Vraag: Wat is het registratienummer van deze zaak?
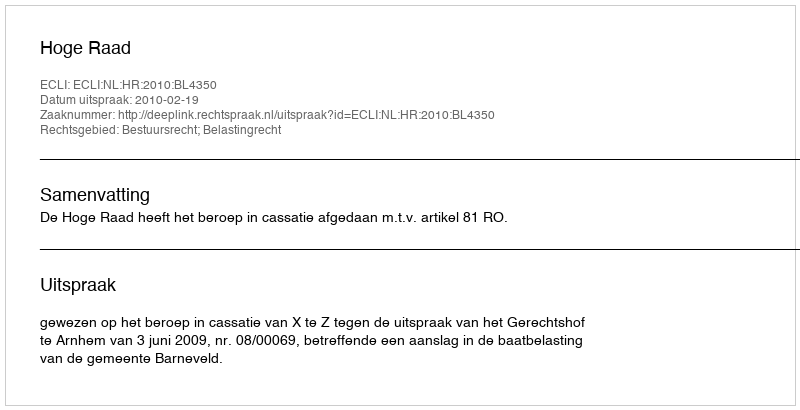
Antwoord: http://deeplink.rechtspraak.nl/uitspraak?id=ECLI:NL:HR:2010:BL4350